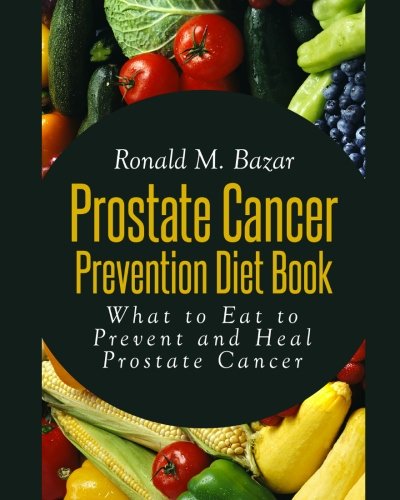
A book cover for Prostate Cancer Prevention Diet Book: What to Eat to Prevent and Heal Prostate Cancer; Ronald M Bazar; Health, Fitness & Dieting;